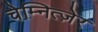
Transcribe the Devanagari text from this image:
चेम्नित्ज़ेर